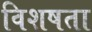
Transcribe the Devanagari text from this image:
विशषता